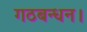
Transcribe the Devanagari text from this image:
गठबन्धन।